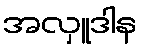
အလှူဒါန